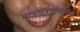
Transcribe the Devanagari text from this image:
वन्यसंपत्तीबाबत